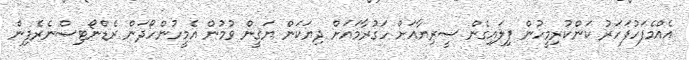
އެއްމެފަހުފަހަރު ކަންކުރިމީހުން ފިލައިގެން ސީރިޔާއަށް ހަގުރާމައަށް ދިޔަކަން ޔަޤީން ވުމުން އެމީހުންހޯދަން ރެޑްނޯޓިސްނެރެފިން